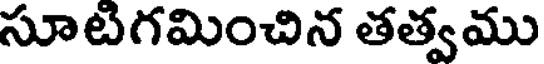
సూటగమించిన తత్వము